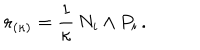
{ \bf r } _ { ( \kappa ) } = \frac { 1 } { \kappa } \, N _ { i } \wedge P _ { i } \, .